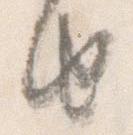
由